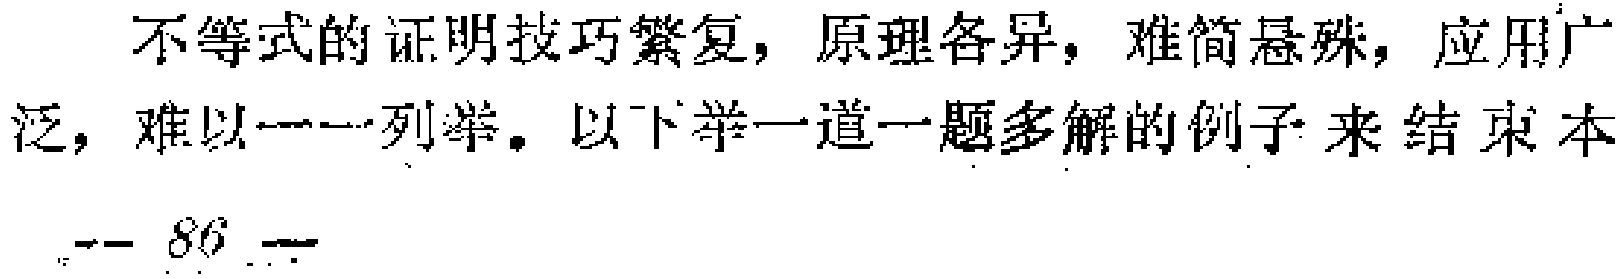
不等式的证明技巧繁复，原理各异，难简悬殊，应用广泛，难以一一列举。以下举一道一题多解的例子来结束本

--- 86 ---